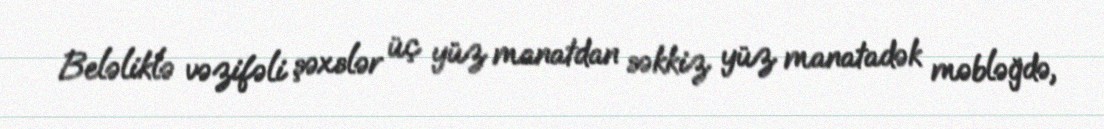
Beləliklə vəzifəli şəxslər üç yüz manatdan səkkiz yüz manatadək məbləğdə,